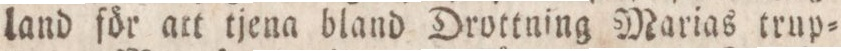
land för att tjena bland Drottning Marias trup=